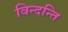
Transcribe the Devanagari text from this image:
विन्दन्ति